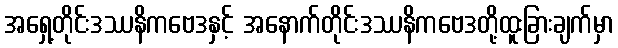
အရှေ့တိုင်းဒဿနိကဗေဒနှင့် အနောက်တိုင်းဒဿနိကဗေဒတို့ထူးခြားချက်မှာ